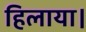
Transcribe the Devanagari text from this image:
हिलाया।